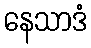
နေသာဒံ